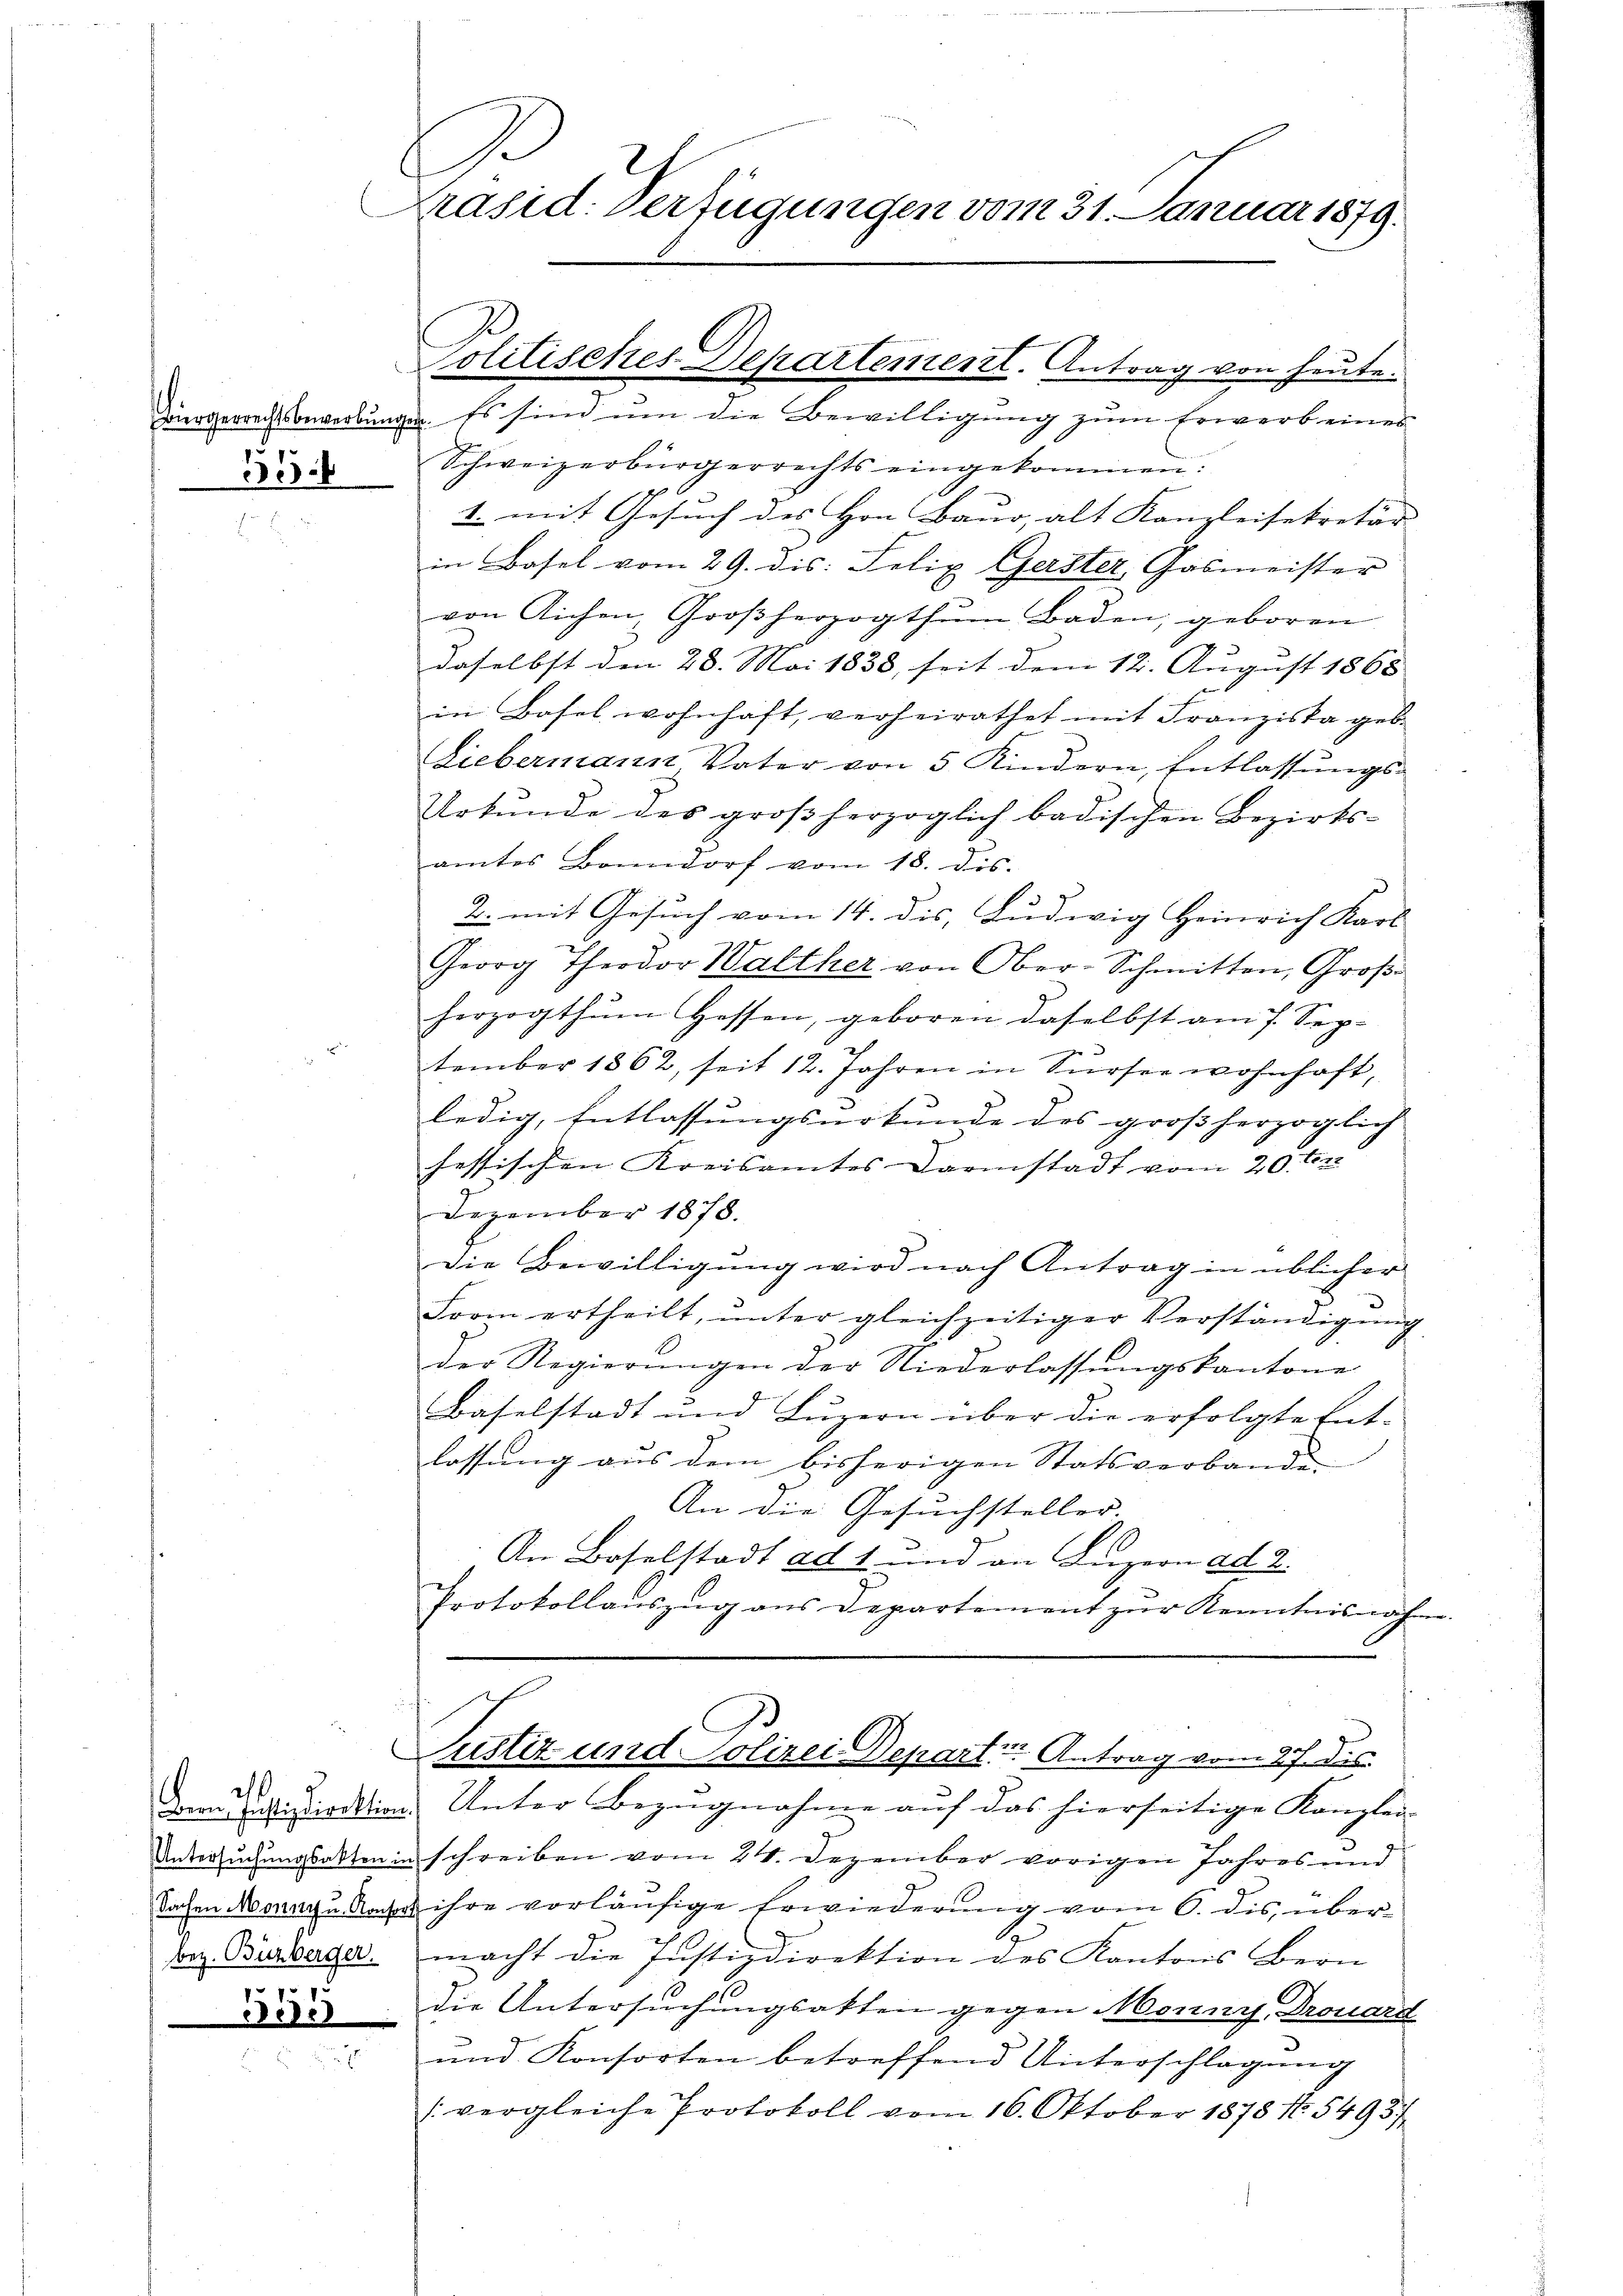
315.

2
bez. Buzberger.
351

Präsid. Verfügungen vom 31. Januar 1879.

Politisches Departement. Antrag von heute.

Bürgerrechtsbewerbungen. Es sind um die Bewilligung zum Erwerb eines
Schweizerbürgerrechts eingekommen:
1. mit Gesuch des Hrn. Baur, alt Kanzleisekretär
in Basel vom 29. dis: Felix Gerster, Gasmeister
von Aichen, Großherzogthum Baden, geboren
daselbst den 28. Mai 1838, seit dem 12. August 1865
in Basel wohnhaft, verheirathet mit Franziska geb.
Liebermann, Vater von 5 Kindern, Entlassŭngs-
Urkunde des großherzoglich badischen Bezirks-
amtes Bonndorf vom 18. dis.
2. mit Gesuch vom 14. dis, Ludwig Heinrich Karl
Georg Theodor Walther von Ober-Schmitten, Groβ
herzogthum Hessen, geboren daselbst am 7. Sep.
u
tember 1862, seit 12. Jahren in Fürser wohnhaft,
ledig, Entlassungsurkunde des großherzoglich
fessischen Kreisamtes Darmstadt vom 20. Fer
Dezember 1878.
Die Bewilligung wird nach Antrag in üblicher
Loom ertheilt, ŭnter gleichzeitiger Verständigŭng
der Regierŭngen der Niederlassŭngskantone
Baselstadt und Luzern über die erfolgte Ent-
lassung aus dem bisherigen Statsverbande
An die Gesuchsteller
An Baselstadt ad 1 und an Luzern ad 2.
Protokollauszug aus Departement zur Kenntnisnahm.

Dem Einstitiation. Unter Bezugnahme auf das hierseitige Kanzlei-
Untersuchungsakten in schreiben vom 24. Dezember vorigen Jahres und
Sachen Monnu Nase ihre vorläufige Erwiederung vom 6. dis übers
macht die Justizdirektion des Kantons Bern
die Untersuchungsakten gegen Monnys Drouard
und Konsorten betreffend Unterschlagung
(vergleiche Protokoll vom 16. Oktober 1878 No. 5493/

Justiz- und Polizei Departen Antrag vom 27. Dis